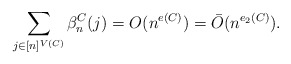
\begin{align*} \sum_{j\in [n]^{V(C)}} \beta_{n}^{C}(j) =O(n^{e(C)})=\bar O(n^{e_2(C)}).\end{align*}